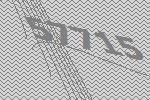
57715